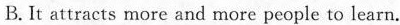
B. It attracts more and more people to learn.